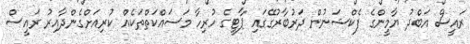
ރައީސް އަބްދު ޔާމީންގެ ފެކްޝަނުން ދަރުބާރުގޭގައި ޕާޓީގެ ހުރިހާ މަސައްކަތްތަކެއް ކުރިއަށްގެންދާއިރު ރައީސް